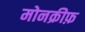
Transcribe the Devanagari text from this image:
मोनक्रीफ़